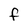
Character: F